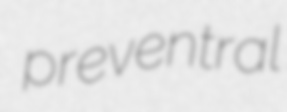
preventral